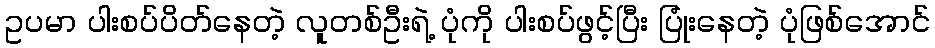
ဥပမာ ပါးစပ်ပိတ်နေတဲ့ လူတစ်ဦးရဲ့ ပုံကို ပါးစပ်ဖွင့်ပြီး ပြုံးနေတဲ့ ပုံဖြစ်အောင်